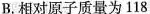
B.相对原子质量为118